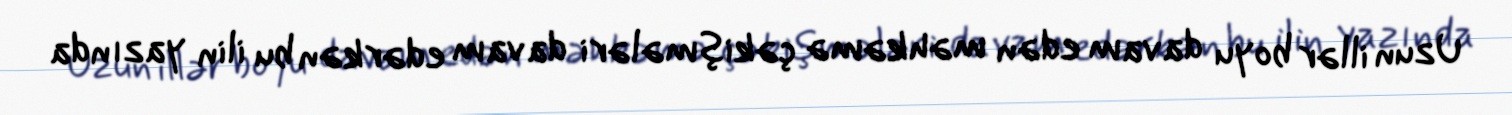
Uzun illər boyu davam edən məhkəmə çəkişmələri davam edərkən bu ilin yazında